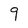
Character: 9